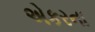
એકરના